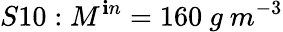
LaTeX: S10:M^{\mathbf{i}n}=160\ g\ m^{-3}